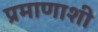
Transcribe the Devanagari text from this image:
प्रमाणाशी